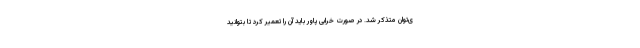
ی‌توان متذکر شد. در صورت خرابی پاور باید آن را تعمیر کرد تا بتوانید